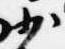
少